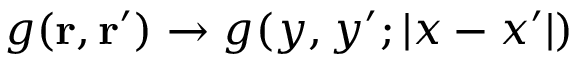
g ( \mathbf { r } , \mathbf { r } ^ { \prime } ) \to g ( y , y ^ { \prime } ; | x - x ^ { \prime } | )